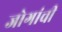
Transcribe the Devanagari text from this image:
जोगांची